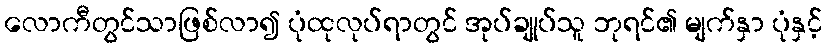
လောကီတွင်သာဖြစ်လာ၍ ပုံထုလုပ်ရာတွင် အုပ်ချုပ်သူ ဘုရင်၏ မျက်နှာ ပုံနှင့်